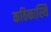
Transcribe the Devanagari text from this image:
कठिकास्थि